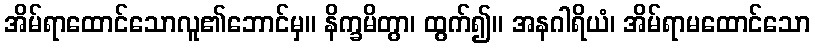
အိမ်ရာထောင်သောလူ၏ဘောင်မှ။ နိက္ခမိတွာ၊ ထွက်၍။ အနဂါရိယံ၊ အိမ်ရာမထောင်သော